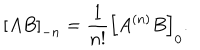
LaTeX: \left[ A B \right] _ { - n } = \frac { 1 } { n ! } \left[ A ^ { ( n ) } B \right] _ { 0 } .